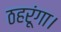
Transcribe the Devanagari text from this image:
ठहरूंगा।